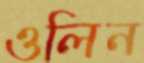
ওলিন